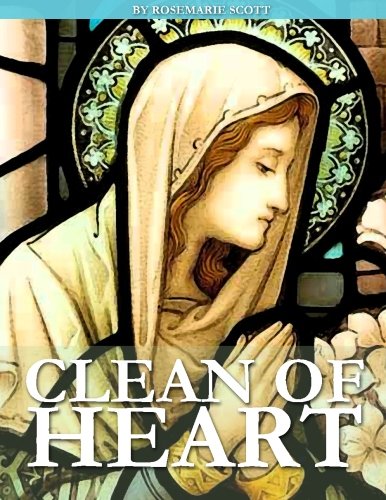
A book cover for Clean of Heart: Overcoming Habitual Sins Against Purity; Rosemarie Scott; Health, Fitness & Dieting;